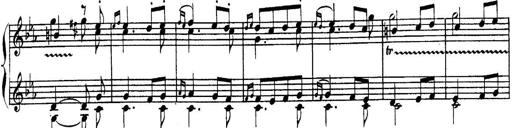
Title: Sonatina for Piano
Composer: BÃ©la BartÃ³k